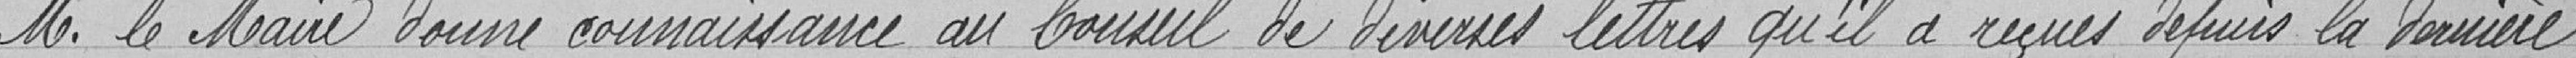
Monsieur le Maire donne connaissance au Conseil de diverses lettres qu'il a reçues depuis la dernière